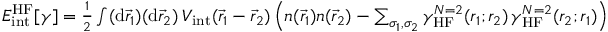
\begin{array} { r } { E _ { \mathrm { i n t } } ^ { \mathrm { H F } } [ \gamma ] = \frac 1 2 \int ( \mathrm { d } \vec { r } _ { 1 } ) ( \mathrm { d } \vec { r } _ { 2 } ) \, V _ { \mathrm { i n t } } ( \vec { r } _ { 1 } - \vec { r } _ { 2 } ) \left( n ( \vec { r } _ { 1 } ) n ( \vec { r } _ { 2 } ) - \sum _ { \sigma _ { 1 } , \sigma _ { 2 } } \gamma _ { \mathrm { H F } } ^ { N = 2 } ( r _ { 1 } ; r _ { 2 } ) \, \gamma _ { \mathrm { H F } } ^ { N = 2 } ( r _ { 2 } ; r _ { 1 } ) \right) } \end{array}